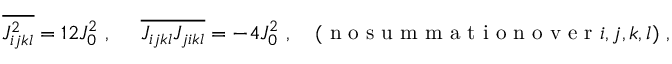
\overline { { J _ { i j k l } ^ { 2 } } } = 1 2 J _ { 0 } ^ { 2 } ~ , \ \ \ \ \overline { { J _ { i j k l } J _ { j i k l } } } = - 4 J _ { 0 } ^ { 2 } ~ , \quad ( \mathrm { ~ n ~ o ~ s ~ u ~ m ~ m ~ a ~ t ~ i ~ o ~ n ~ o ~ v ~ e ~ r ~ } i , j , k , l ) ~ ,